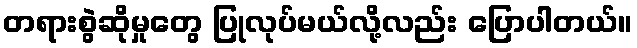
တရားစွဲဆိုမှုတွေ ပြုလုပ်မယ်လို့လည်း ပြောပါတယ်။